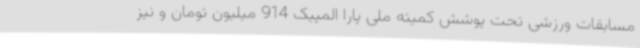
مسابقات ورزشی تحت پوشش کمیته ملی پارا المپیک 914 میلیون تومان و نیز